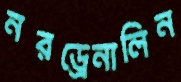
নরড্রেনালিন